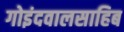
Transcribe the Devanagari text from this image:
गोइंदवालसाहिब